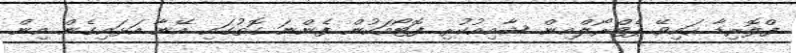
ފްލޮރިޑާ ހައިވޭ ޕެޓްރޯލްއިން ޝާއިއުކުރި ފޮޓޯއަކުން ފެންނަ ގޮތުގައި އޭނާ އަޅައިގެން އިން